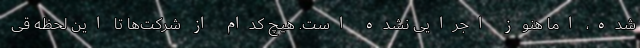
شده، اما هنوز اجرایی نشده است. هیچ کدام از شرکت‌ها تا این لحظه قی